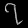
Digit: ၇